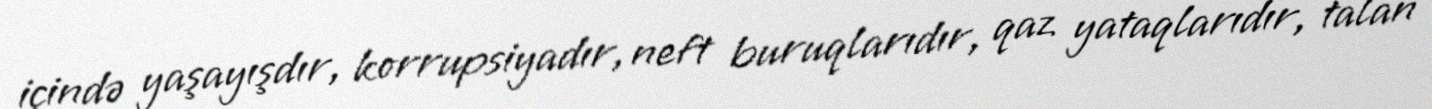
içində yaşayışdır, korrupsiyadır, neft buruqlarıdır, qaz yataqlarıdır, talan